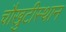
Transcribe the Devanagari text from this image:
चौखुटीस्थान